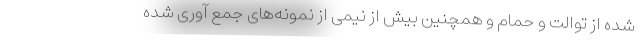
شده از توالت و حمام و همچنین بیش از نیمی از نمونه‌های جمع آوری شده